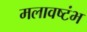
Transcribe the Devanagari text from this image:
मलावष्टंभ